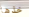
خذها